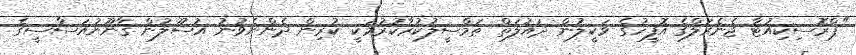
"ޕްރޮސިކިއުޓާ ޖެނެރަލްގެ އޮފީހުގެ ވަކީލުން ދައުލަތް ތަމްސީލުކުރާކުރުމަކީ ކުރިން ދެންނެވުނު އުސޫލުން ޤާނޫނުއަސާސީގެ